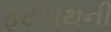
ફૂટપાથની